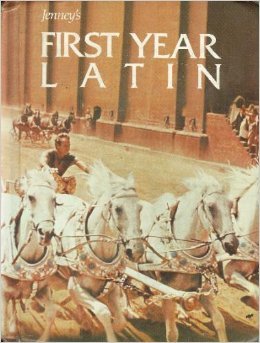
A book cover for Jenney's First Year Latin (The Allyn and Bacon Latin program) (English and Latin Edition); Charles Jenney; Science & Math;